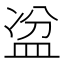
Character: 𥁣